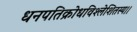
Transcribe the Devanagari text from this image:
धनपतिक्रोधविश्लेशितस्य।।